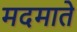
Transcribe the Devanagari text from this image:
मदमाते